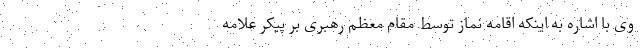
وی با اشاره به اینکه اقامه نماز توسط مقام معظم رهبری بر پیکر علامه